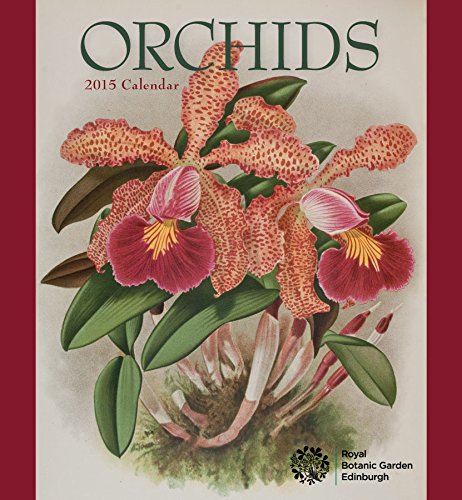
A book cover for Orchids 2015 Calendar; Calendars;